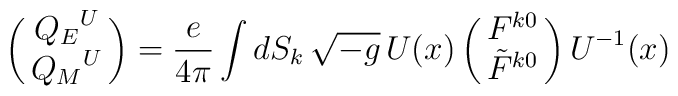
\pmatrix{{Q_E}^U\cr {Q_M}^U\cr} = {e\over 4\pi} \int dS_k \, \sqrt{-g} \, U(x)\pmatrix{ F^{k0}\cr \tilde F^{k0} \cr} U^{-1}(x)